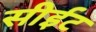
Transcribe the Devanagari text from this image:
सीईट